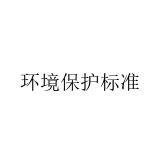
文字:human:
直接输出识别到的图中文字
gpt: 环境保护标准